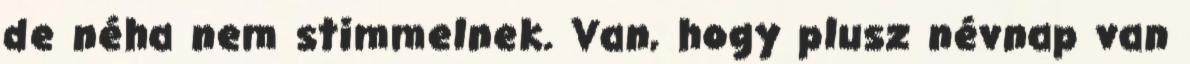
de néha nem stimmelnek. Van, hogy plusz névnap van